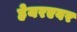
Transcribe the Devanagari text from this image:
ह्रेयरएवर